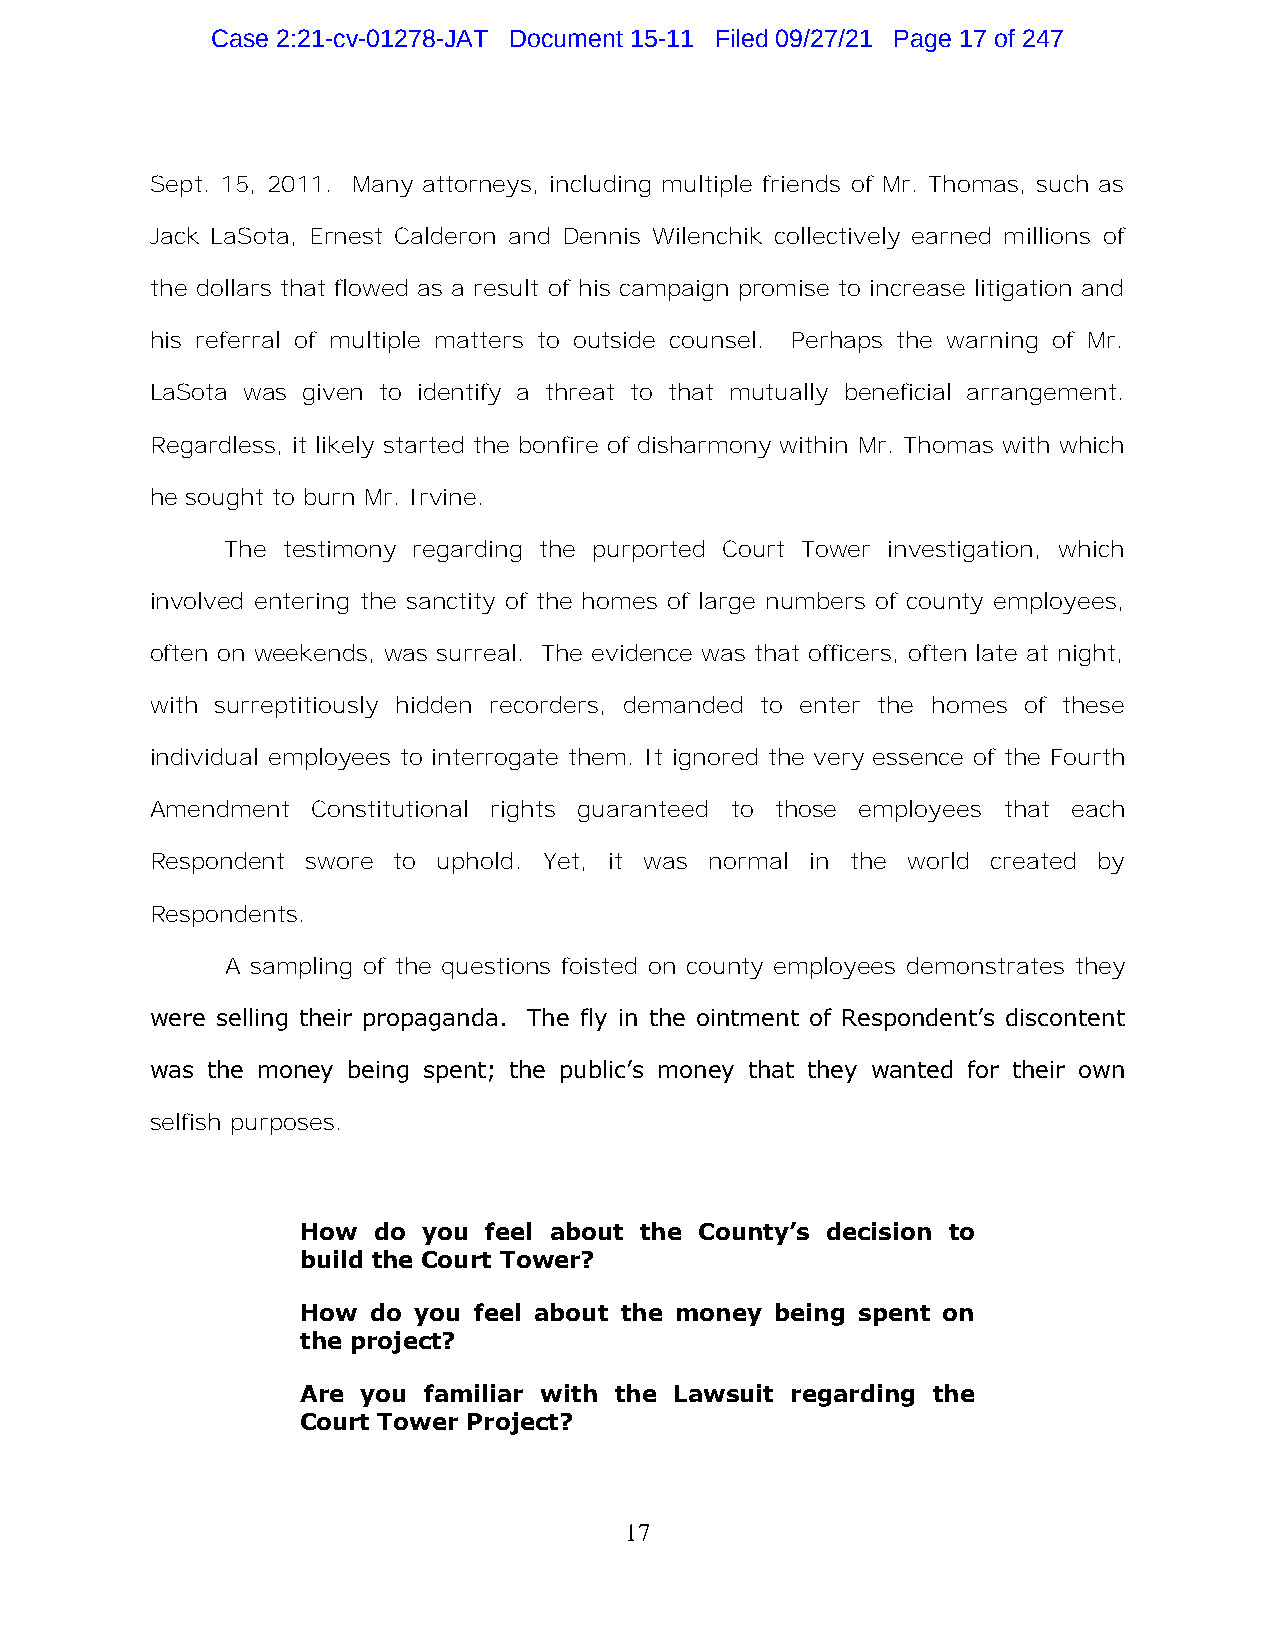
Case 2:21-cv-01278-JAT Document 15-11 Filed 09/27/21 Page 17 of 247
 Sept. 15, 2011. Many attorneys, including multiple friends of Mr. Thomas, such as
 Jack LaSota, Ernest Calderon and Dennis Wilenchik collectively earned millions of
 the dollars that flowed as a result of his campaign promise to increase litigation and
 his referral of multiple matters to outside counsel. Perhaps the warning of Mr.
 LaSota was given to identify a threat to that mutually beneficial arrangement.
 Regardless, it likely started the bonfire of disharmony within Mr. Thomas with which
 he sought to burn Mr. Irvine.
 The testimony regarding the purported Court Tower investigation, which
 involved entering the sanctity of the homes of large numbers of county employees,
 often on weekends, was surreal. The evidence was that officers, often late at night,
 with surreptitiously hidden recorders, demanded to enter the homes of these
 individual employees to interrogate them. It ignored the very essence of the Fourth
 Amendment  Constitutional rights guaranteed to those employees that each
 Respondent swore to uphold. Yet, it was normal in the world created by
 Respondents.
 A sampling of the questions foisted on county employees demonstrates they
 were selling their propaganda. The fly in the ointment of Respondent’s discontent
 was the money being spent; the public’s money that they wanted for their own
 selfish purposes.
 How  do you feel about the County’s decision to
 build the Court Tower?
 How do you feel about the money being spent on
 the project?
 Are you familiar with the Lawsuit regarding the
 Court Tower Project?
 17